Scottish Education Department, 1921
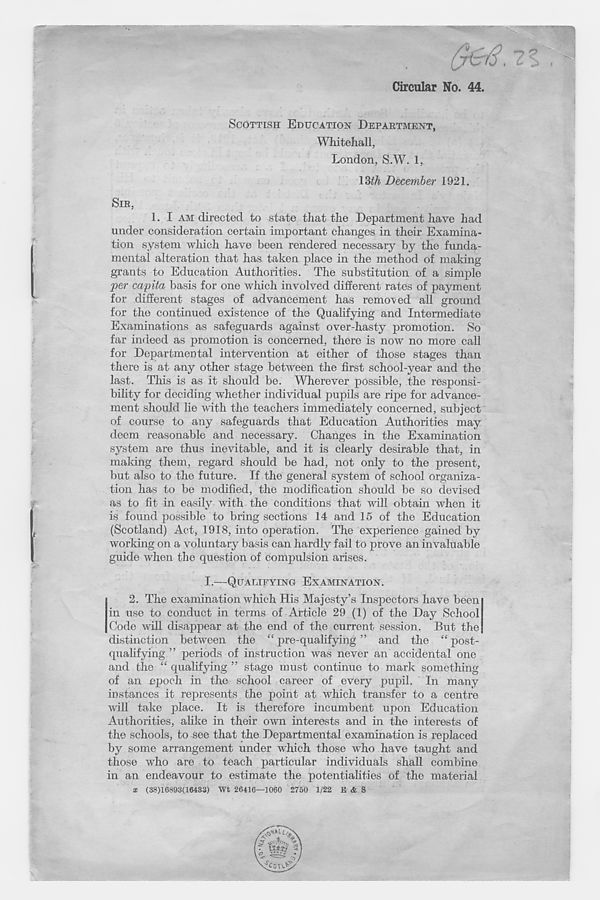
Circular No. 44.
SCOTTISH EDUCATION DEPARTMENT,
Whitehall,
London, S.W. 1,
\%th December 1921.
SIR,
1. I AM directed to state that the Department have had
under consideration certain important changes in their Examina-
tion system which have been rendered necessary by the funda-
mental alteration that has taken place in the method of making
grants to Education Authorities. The substitution of a simple
per capita basis for one which involved different rates of payment
for different stages of advancement has removed all ground
for the continued existence of the Qualifying and Intermediate
Examinations as safeguards against over-hasty promotion. So
far indeed as promotion is concerned, there is now no more call
for Departmental intervention at either of those stages than
there is at any other stage between the first school-year and the
last. This is as it should be. Wherever possible, the responsi-
bility for deciding whether individual pupils are ripe for advance-
ment should lie with the teachers immediately concerned, subject
of course to any safeguards that Education Authorities may
deem reasonable and necessary. Changes in the Examination
system are thus inevitable, and it is clearly desirable that, in
making them, regard should be had, not only to the present,
but also to the future. If the general system of school organiza-
tion has to be modified, the modification should be so devised
as to fit in easily with the conditions that will obtain when it
is found possible to bring sections 14 and 15 of the Education
(Scotland) Act, 1918, into operation. The experience gained by
working on a voluntary basis can hardly fail to prove an invaluable
guide when the question of compulsion arises.
I.—QUALIFYING EXAMINATION.
2. The examination which His Majesty’s Inspectors have been
in use to conduct in terms of Article 29 (1) of the Day School
Code will disappear at the end of the current session. But the
distinction between the “ pre-qualifying ” and the “ post-
qualifying ” periods of instruction was never an accidental one
and the “ qualifying ” stage must continue to mark something
of an epoch in the school career of every pupil. In many
instances it represents the point at which transfer to a centre
will take place. It is therefore incumbent upon Education
Authorities, alike in their own interests and in the interests of
the schools, to see that the Departmental examination is replaced
by some arrangement under which those who have taught and
those who are to teach particular individuals shall combine
in an endeavour to estimate the potentialities of the material
x (38)16893(16433) Wt 26416—1060 2750 1/22 E & S